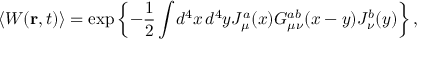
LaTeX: \langle W ( { \mathbf r } , t ) \rangle = \exp \left\{ - \frac { 1 } { 2 } \int \! d ^ { 4 } x \, d ^ { 4 } y J _ { \mu } ^ { a } ( x ) G _ { \mu \nu } ^ { a b } ( x - y ) J _ { \nu } ^ { b } ( y ) \right\} ,